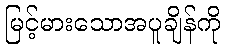
မြင့်မားသောအပူချိန်ကို